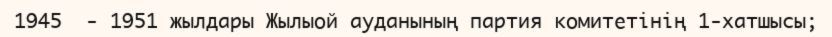
1945  - 1951 жылдары Жылыой ауданының партия комитетінің 1-хатшысы;